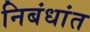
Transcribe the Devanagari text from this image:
निबंधांत